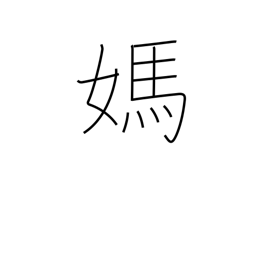
Meaning: mare